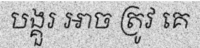
បង្គួរ អាច ត្រូវ គេ